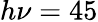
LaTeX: h\nu=45